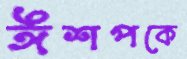
ঈশপকে